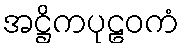
အဋ္ဌိကပုဠဝကံ